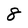
Character: 8